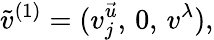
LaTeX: \tilde{v}^{(1)}=(v_{j}^{\vec{u}},\, 0,\, v^{\lambda}),